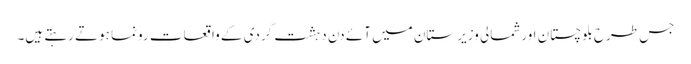
جس طرح بلوچستان اورشمالی وزیرستان میں آئے دن دہشت گردی کے واقعات رونما ہوتے رہتے ہیں۔